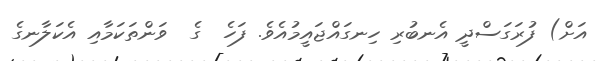
އަށް) ފުރަގަސްދީ އެނބުރި ހިނގައްޖައީމުއެވެ. ފަހެ  ގެ  ވަންތަކަމާއި އެކަލާނގެ